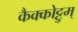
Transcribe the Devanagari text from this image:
कैक्कोट्टुम्